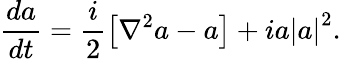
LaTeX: \frac{da}{dt}=\frac{i}{2}\left[\nabla^{2}a-a\right]+ia\left|a\right|^{2}.